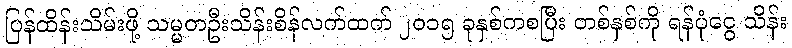
ပြန်ထိန်းသိမ်းဖို့ သမ္မတဦးသိန်းစိန်လက်ထက် ၂၀၁၅ ခုနှစ်ကစပြီး တစ်နှစ်ကို ရန်ပုံငွေ သိန်း